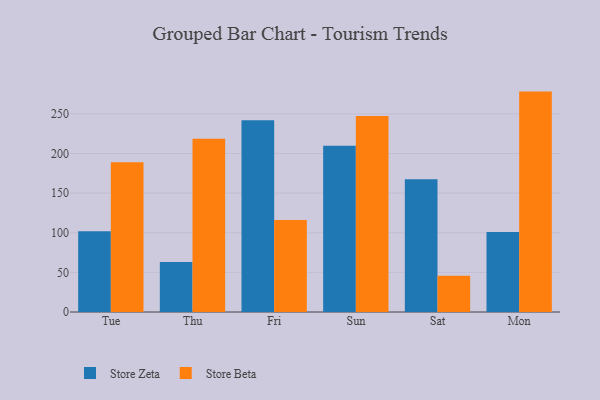
{"axis": {"x": "Day", "y": "Budget (USD K)"}, "legend": ["Store Beta", "Store Zeta"], "data": [{"x": "Tue", "y": 102.0, "type": "Store Zeta"}, {"x": "Tue", "y": 188.9, "type": "Store Beta"}, {"x": "Thu", "y": 63.0, "type": "Store Zeta"}, {"x": "Thu", "y": 218.6, "type": "Store Beta"}, {"x": "Fri", "y": 242.1, "type": "Store Zeta"}, {"x": "Fri", "y": 116.0, "type": "Store Beta"}, {"x": "Sun", "y": 209.9, "type": "Store Zeta"}, {"x": "Sun", "y": 247.3, "type": "Store Beta"}, {"x": "Sat", "y": 167.6, "type": "Store Zeta"}, {"x": "Sat", "y": 45.8, "type": "Store Beta"}, {"x": "Mon", "y": 101.1, "type": "Store Zeta"}, {"x": "Mon", "y": 278.1, "type": "Store Beta"}]}